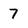
Character: 7